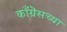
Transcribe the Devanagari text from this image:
काँग्रॆसच्या